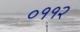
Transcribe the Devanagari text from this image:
०११२